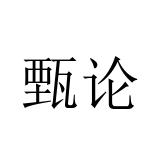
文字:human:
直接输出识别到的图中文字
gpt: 甄论